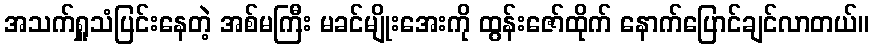
အသက်ရှူသံပြင်းနေတဲ့ အစ်မကြီး မခင်မျိုးအေးကို ထွန်းဇော်ထိုက် နောက်ပြောင်ချင်လာတယ်။